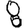
Digit: 8